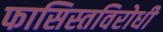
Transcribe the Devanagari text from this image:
फासिस्तविरोधी